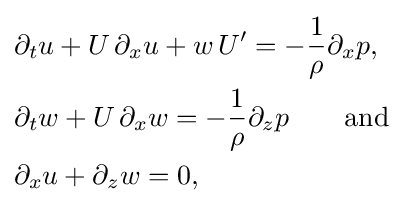
{\begin{aligned}&\partial _{t}u+U\,\partial _{x}u+w\,U'=-{\frac {1}{\rho }}\partial _{x}p,\\&\partial _{t}w+U\,\partial _{x}w=-{\frac {1}{\rho }}\partial _{z}p\qquad {\text{and}}\\&\partial _{x}u+\partial _{z}w=0,\end{aligned}}